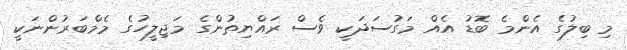
މި ބިލުގެ އެންމެ ބޮޑު އެއް މަގުސަދަކީ ވެސް ރައްޔިތުންގެ މަޖިލީހުގެ މެމްބަރުންނަކީ